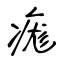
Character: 痝